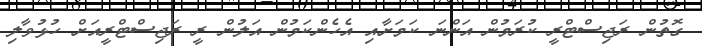
ގޮތުން ރަޖިސްޓްރީ ކުރަމުން އަންނަ ކަމަށާއި އެހެންކަމުން އަލުން ރީ ރަޖިސްޓްރީއަށް ހުޅުވާލި